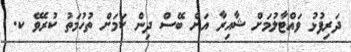
ދަރިފުޅު ވައްޓާލުމަށް ޝާއިރާ އަށް ބޭސް ދިން ކަމަށް ތުހުމަތު ކުރެވޭ ކ.